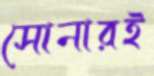
সোনারই